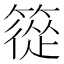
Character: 篵